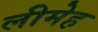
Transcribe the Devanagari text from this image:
लीमेह